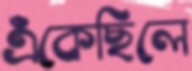
এঁকেছিলে